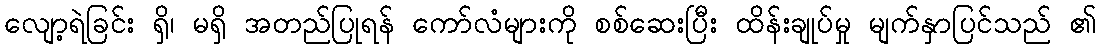
လျော့ရဲခြင်း ရှိ၊ မရှိ အတည်ပြုရန် ကော်လံများကို စစ်ဆေးပြီး ထိန်းချုပ်မှု မျက်နှာပြင်သည် ၏